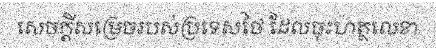
សេចក្តីសម្រេចរបស់ប្រទេសថៃ ដែលចុះហត្ថលេខា